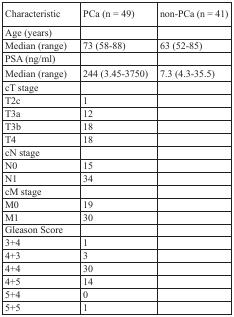
<table><thead><tr><td><b>Characteristic</b></td><td><b>PCa (n = 49)</b></td><td><b>non-PCa (n = 41)</b></td></tr></thead><tbody><tr><td>Age (years)</td><td></td><td></td></tr><tr><td>Median (range)</td><td>73 (58-88)</td><td>63 (52-85)</td></tr><tr><td>PSA (ng/ml)</td><td></td><td></td></tr><tr><td>Median (range)</td><td>244 (3.45-3750)</td><td>7.3 (4.3-35.5)</td></tr><tr><td>cT stage</td><td></td><td></td></tr><tr><td>T2c</td><td>1</td><td></td></tr><tr><td>T3a</td><td>12</td><td></td></tr><tr><td>T3b</td><td>18</td><td></td></tr><tr><td>T4</td><td>18</td><td></td></tr><tr><td>cN stage</td><td></td><td></td></tr><tr><td>N0</td><td>15</td><td></td></tr><tr><td>N1</td><td>34</td><td></td></tr><tr><td>cM stage</td><td></td><td></td></tr><tr><td>M0</td><td>19</td><td></td></tr><tr><td>M1</td><td>30</td><td></td></tr><tr><td>Gleason Score</td><td></td><td></td></tr><tr><td>3+4</td><td>1</td><td></td></tr><tr><td>4+3</td><td>3</td><td></td></tr><tr><td>4+4</td><td>30</td><td></td></tr><tr><td>4+5</td><td>14</td><td></td></tr><tr><td>5+4</td><td>0</td><td></td></tr><tr><td>5+5</td><td>1</td><td></td></tr></tbody></table>